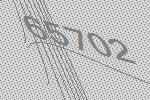
65702